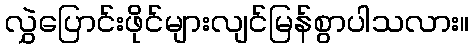
လွှဲပြောင်းဖိုင်များလျင်မြန်စွာပါသလား။